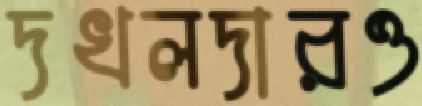
দখলদারও